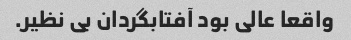
واقعا عالی بود آفتابگردان بی نظیر.